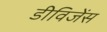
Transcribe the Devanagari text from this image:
डीविजेंस